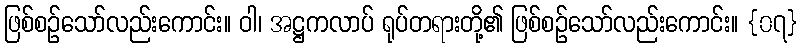
ဖြစ်စဉ်သော်လည်းကောင်း။ ဝါ၊ အဋ္ဌကလာပ် ရုပ်တရားတို့၏ ဖြစ်စဉ်သော်လည်းကောင်း။ {၀၇}